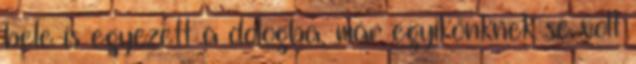
bele is egyezett a dologba, már egyikőnknek se volt